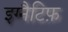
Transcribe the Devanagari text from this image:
इग्नैटिफ़